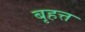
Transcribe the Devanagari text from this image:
बृहत्त